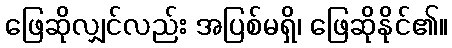
ဖြေဆိုလျှင်လည်း အပြစ်မရှိ၊ ဖြေဆိုနိုင်၏။